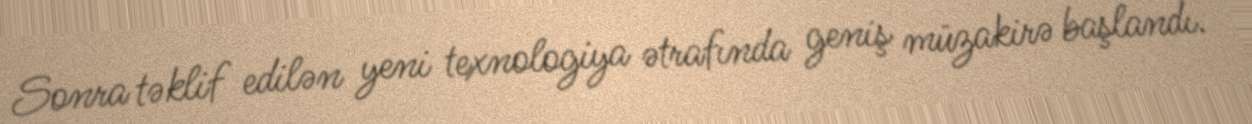
Sonra təklif edilən yeni texnologiya ətrafında geniş müzakirə başlandı.